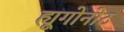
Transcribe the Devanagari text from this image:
ह्यूगोनोट